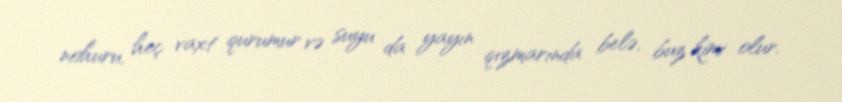
nohuru, heç vaxt qurumur və suyu da yayın qızmarında belə, buz kimi olur.